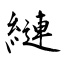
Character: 縺